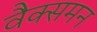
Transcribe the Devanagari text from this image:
वैक्समन